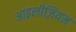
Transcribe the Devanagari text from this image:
आइलीज़ियम